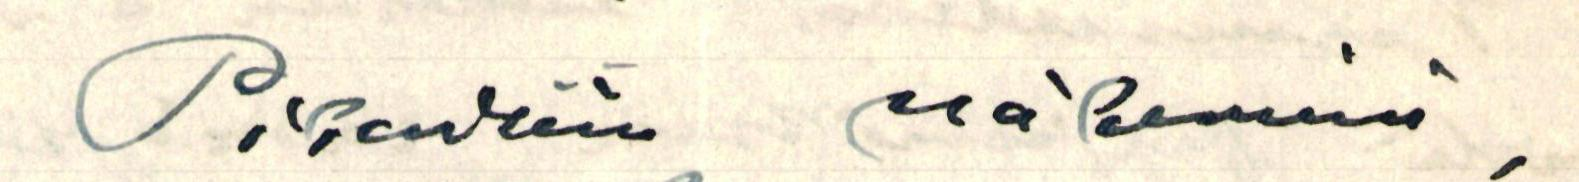
Pikaisiin näkemisiin,